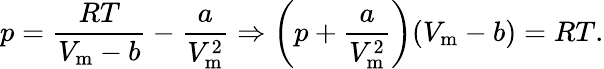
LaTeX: p={\frac{RT}{V_{\mathrm{m}}-b}}-{\frac{a}{V_{\mathrm{m}}^{2}}}\Rightarrow\left(p+{\frac{a}{V_{\mathrm{m}}^{2}}}\right)(V_{\mathrm{m}}-b)=RT.